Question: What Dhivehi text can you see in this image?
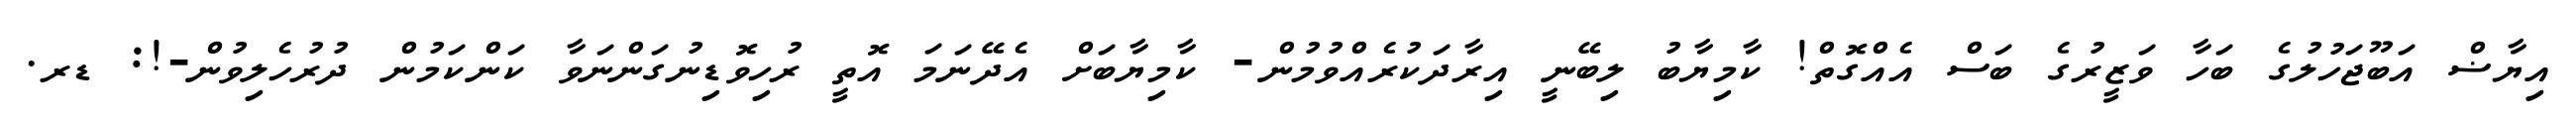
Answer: އިޔާޟް އަބޫޖަހުލުގެ ބަހާ ވަޒީރުގެ ބަސް އެއްގޮތް! ކާމިޔާބު ލިބޭނީ އިރާދަކުރެއްވުމުން- ކާމިޔާބަށް އެދޭނަމަ އޮތީ ރުހިވޮޑިނުގަންނަވާ ކަންކަމުން ދުރުހެލިވުން-!: ޑރ.